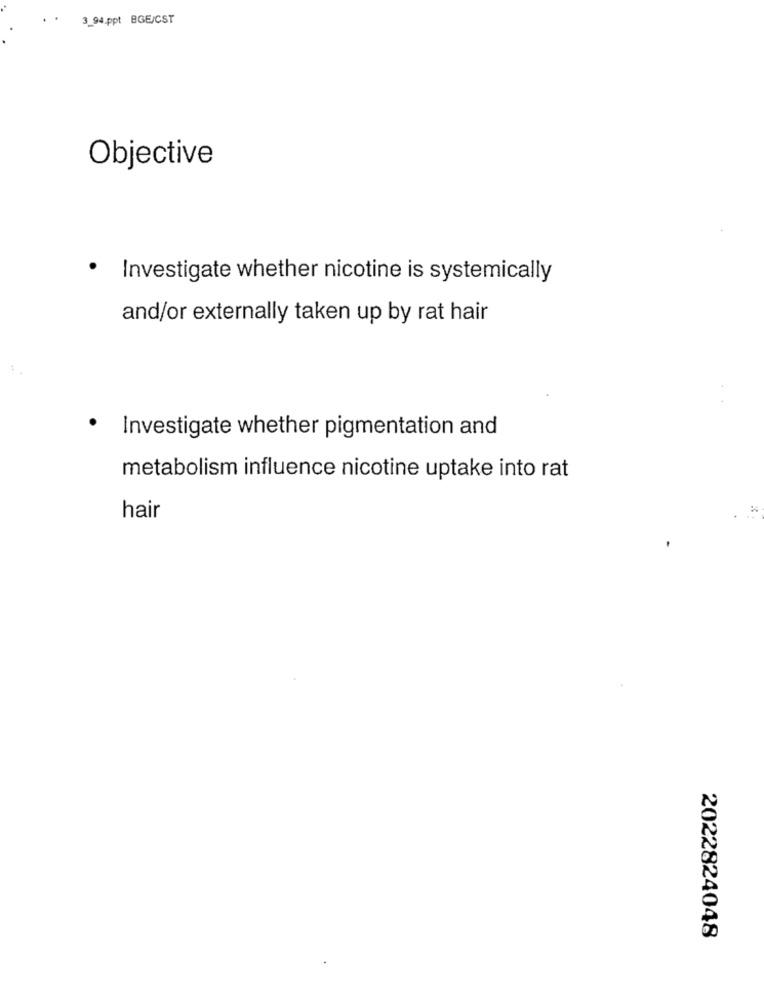
3_94.ppt BGE/CST
Objective
.
Investigate whether nicotine is systemically
and/or externally taken up by rat hair
.
Investigate whether pigmentation and
metabolism influence nicotine uptake into rat
hair
2022824048